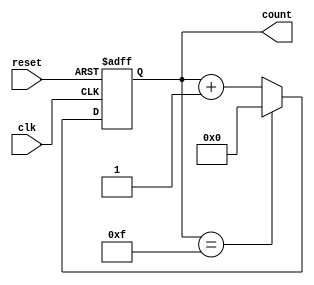
module synchronous_counter(
    input wire clk, // Clock input
    input wire reset, // Reset input
    output reg [3:0] count // 4-bit count output
);

// Internal signals
reg [3:0] next_count;

// Synchronous counter logic
always @(posedge clk or posedge reset) begin
    if (reset) begin
        count <= 4'd0; // Reset count to 0
    end else begin
        count <= next_count; // Update count on clock edge
    end
end

// Counter increment logic
always @* begin
    if (count == 4'd15) begin
        next_count = 4'd0; // Reset count to 0 on overflow
    end else begin
        next_count = count + 1; // Increment count
    end
end

endmodule